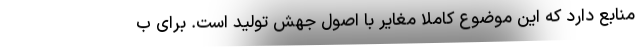
منابع دارد که این موضوع کاملا مغایر با اصول جهش تولید است. برای ب